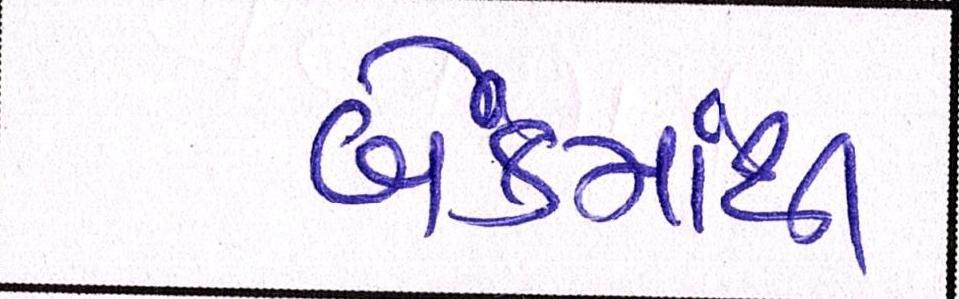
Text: બેંકમાંથી